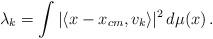
LaTeX: \begin{align*}&\lambda_k = \int |\langle x-x_{cm},v_k\rangle|^2\, d\mu(x)\, .\end{align*}